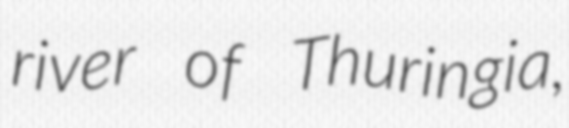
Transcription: river of Thuringia,